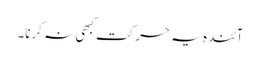
آئندہ یہ حرکت کبھی نہ کرنا۔